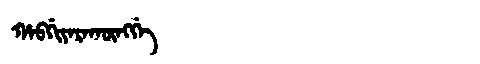
Manchu: ᡥᠠᠪᡤᡳᠶᠠᡵᠠᡴᡡᠩᡤᡝ
Romanization: HABGIYARAKŪNGGE